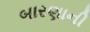
બારણાની